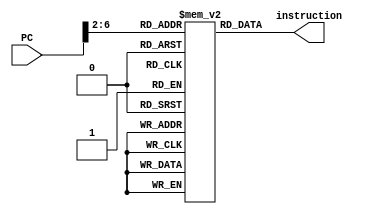
`timescale 1ns / 1ps
//////////////////////////////////////////////////////////////////////////////////
// Company: 
// Engineer: 
// 
// Design Name: 
// Module Name: InstMem
// Project Name: 
// Target Devices: 
// Tool Versions: 
// Description: 
// 
// Dependencies: 
// 
// Revision:
// Revision 0.01 - File Created
// Additional Comments:
// 
//////////////////////////////////////////////////////////////////////////////////


module InstMem(
        input [31:0] PC,
        output reg [31:0] instruction
    );
    
    reg[31:0] mem [0:31];
    
    initial begin
        mem[0] = 32'h3c010000; // (00) main: lui $1, 0
        mem[1] = 32'h34240050; // (04) ori $4, $1, 80
        mem[2] = 32'h20050004; // (08) addi $5, $0, 4
        mem[3] = 32'h0c000018; // (0c) call: jal sum
        mem[4] = 32'hac820000; // (10) sw $2, 0($4)
        mem[5] = 32'h8c890000; // (14) lw $9, 0($4)
        mem[6] = 32'h01244022; // (18) sub $8, $9, $4
        mem[7] = 32'h20050003; // (1c) addi $5, $0, 3
        mem[8] = 32'h20a5ffff; // (20) loop2: addi $5, $5, -1
        mem[9] = 32'h34a8ffff; // (24) ori $8, $5, 0xffff
        mem[10] = 32'h39085555; // (28) xori $8, $8, 0x5555
        mem[11] = 32'h2009ffff; // (2c) addi $9, $0, -1
        mem[12] = 32'h312affff; // (30) andi $10,$9, 0xffff
        mem[13] = 32'h01493025; // (34) or $6, $10, $9
        mem[14] = 32'h01494026; // (38) xor $8, $10, $9
        mem[15] = 32'h01463824; // (3c) and $7, $10, $6
        mem[16] = 32'h10a00001; // (40) beq $5, $0, shift
        mem[17] = 32'h08000008; // (44) j loop2
        mem[18] = 32'h2005ffff; // (48) shift: addi $5, $0, -1
        mem[19] = 32'h000543c0; // (4c) sll $8, $5, 15
        mem[20] = 32'h00084400; // (50) sll $8, $8, 16
        mem[21] = 32'h00084403; // (54) sra $8, $8, 16
        mem[22] = 32'h000843c2; // (58) srl $8, $8, 15
        mem[23] = 32'h08000017; // (5c) finish: j finish
        mem[24] = 32'h00004020; // (60) sum: add $8, $0, $0
        mem[25] = 32'h8c890000; // (64) loop: lw $9, 0($4)
        mem[26] = 32'h20840004; // (68) addi $4, $4, 4
        mem[27] = 32'h01094020; // (6c) add $8, $8, $9
        mem[28] = 32'h20a5ffff; // (70) addi $5, $5, -1
        mem[29] = 32'h14a0fffb; // (74) bne $5, $0, loop
        mem[30] = 32'h00081000; // (78) sll $2, $8, 0
        mem[31] = 32'h03e00008; // (7c) jr $31
    end 
    
    always @(*) begin
        instruction = mem[PC[31:2]];
    end
endmodule